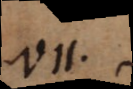
VII.